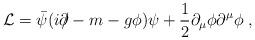
LaTeX: \begin{align*}{\cal L}=\bar \psi(i\partial\!\!\!\slash -m -g\phi)\psi+\frac{1}{2}\partial_\mu\phi \partial^\mu\phi \;,\end{align*}